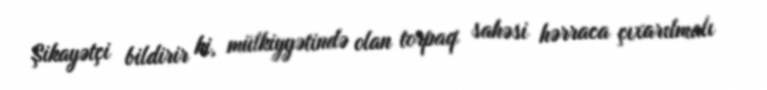
Şikayətçi bildirir ki, mülkiyyətində olan torpaq sahəsi hərraca çıxarılmalı